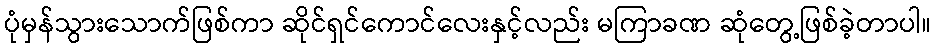
ပုံမှန်သွားသောက်ဖြစ်ကာ ဆိုင်ရှင်ကောင်လေးနှင့်လည်း မကြာခဏ ဆုံတွေ့ဖြစ်ခဲ့တာပါ။